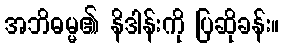
အဘိဓမ္မ၏ နိဒါန်းကို ပြဆိုခန်း။